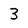
Character: 3